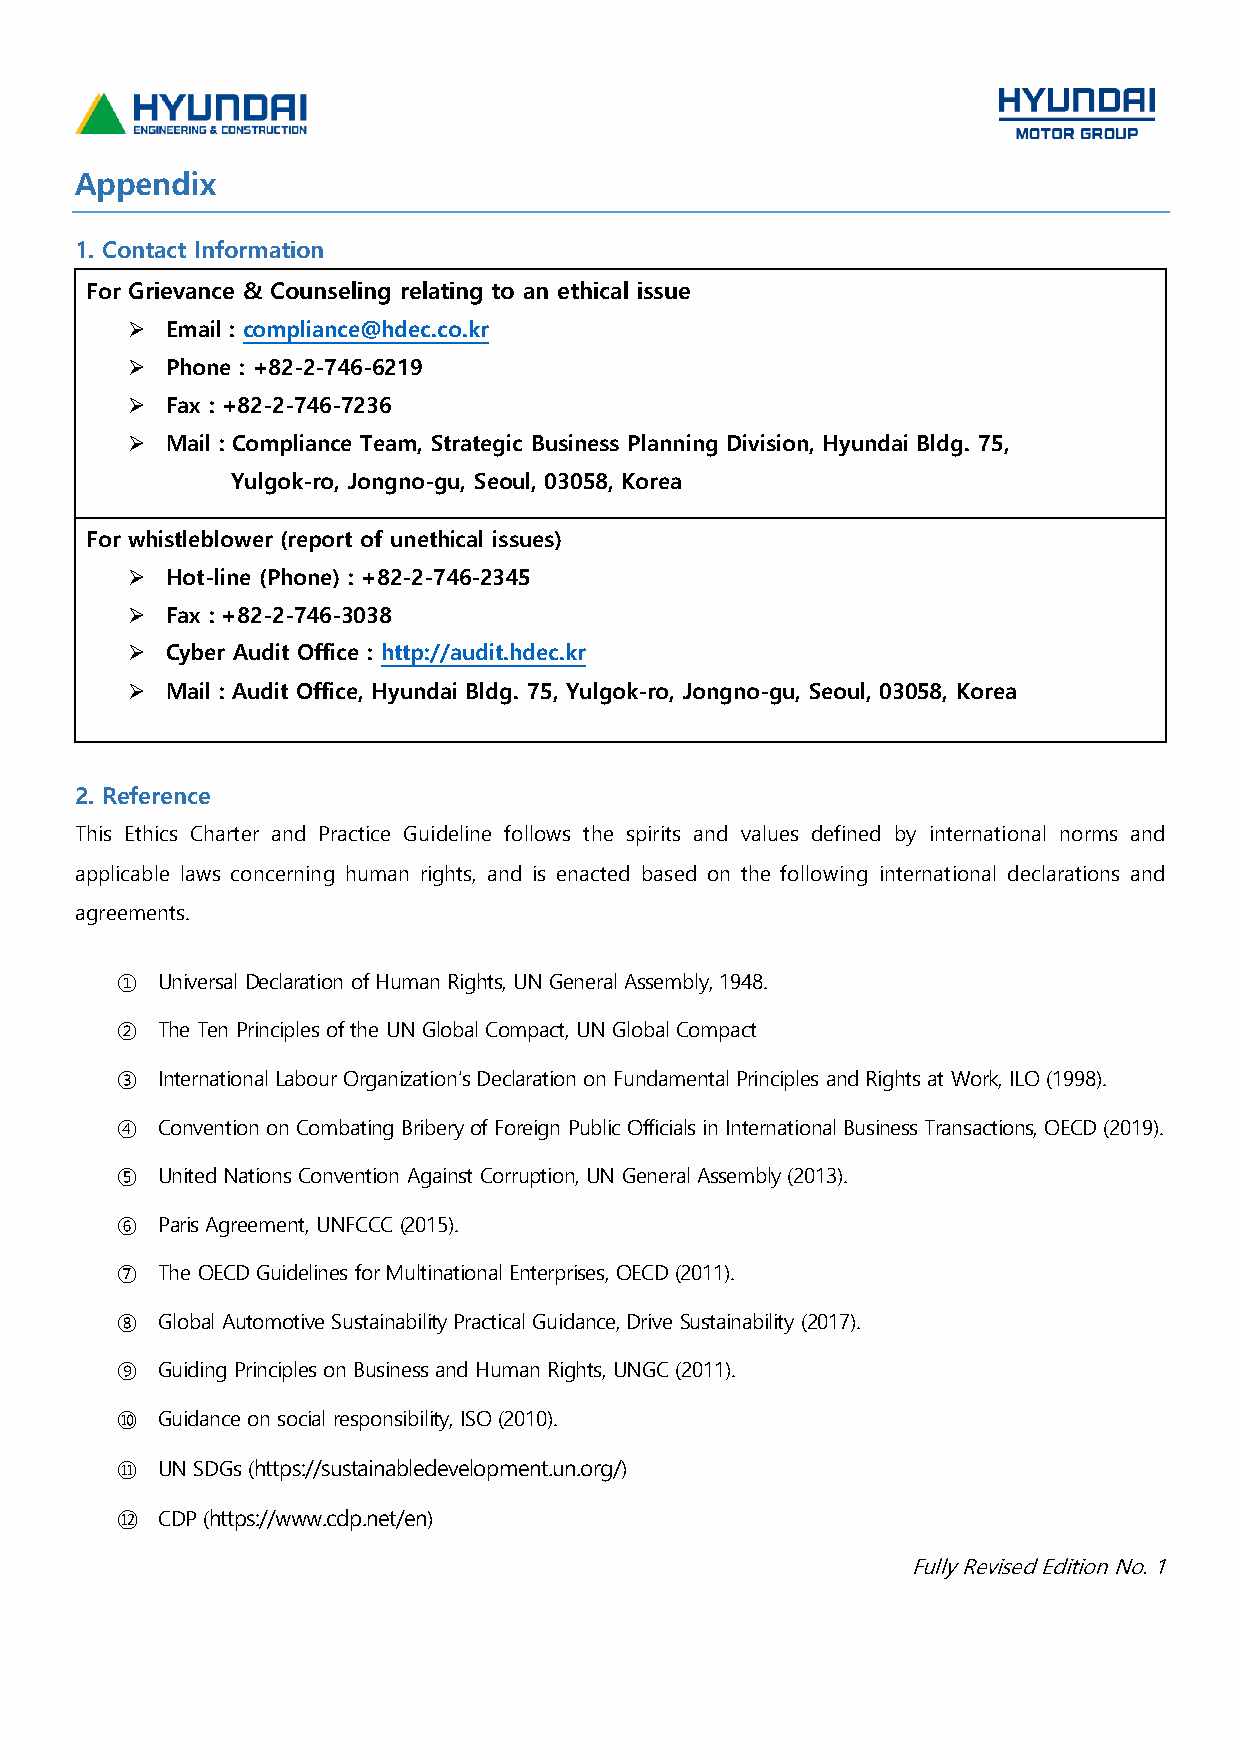
Appendix
 1. Contact Information
 For Grievance & Counseling relating to an ethical issue
   Email : compliance@hdec.co.kr
   Phone : +82-2-746-6219
   Fax : +82-2-746-7236
   Mail : Compliance Team, Strategic Business Planning Division, Hyundai Bldg. 75,
 Yulgok-ro, Jongno-gu, Seoul, 03058, Korea
 For whistleblower (report of unethical issues)
   Hot-line (Phone) : +82-2-746-2345
   Fax : +82-2-746-3038
   Cyber Audit Office : http://audit.hdec.kr
   Mail : Audit Office, Hyundai Bldg. 75, Yulgok-ro, Jongno-gu, Seoul, 03058, Korea
 2. Reference
 This Ethics Charter and Practice Guideline follows the spirits and values defined by international norms and
 applicable laws concerning human rights, and is enacted based on the following international declarations and
 agreements.
 ① Universal Declaration of Human Rights, UN General Assembly, 1948.
 ② The Ten Principles of the UN Global Compact, UN Global Compact
 ③ International Labour Organization’s Declaration on Fundamental Principles and Rights at Work, ILO (1998).
 ④ Convention on Combating Bribery of Foreign Public Officials in International Business Transactions, OECD (2019).
 ⑤ United Nations Convention Against Corruption, UN General Assembly (2013).
 ⑥ Paris Agreement, UNFCCC (2015).
 ⑦ The OECD Guidelines for Multinational Enterprises, OECD (2011).
 ⑧ Global Automotive Sustainability Practical Guidance, Drive Sustainability (2017).
 ⑨ Guiding Principles on Business and Human Rights, UNGC (2011).
 ⑩ Guidance on social responsibility, ISO (2010).
 ⑪ UN SDGs (https://sustainabledevelopment.un.org/)
 ⑫ CDP (https://www.cdp.net/en)
 Fully Revised Edition No. 1